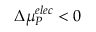
\Delta { \mu } _ { P } ^ { e l e c } < 0